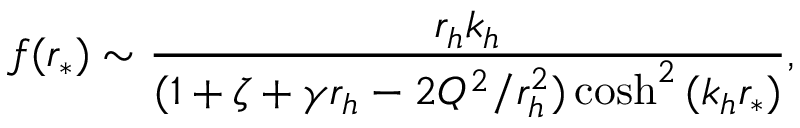
f ( r _ { * } ) \sim \frac { r _ { h } k _ { h } } { ( 1 + \zeta + \gamma r _ { h } - 2 Q ^ { 2 } / r _ { h } ^ { 2 } ) \cosh ^ { 2 } { ( k _ { h } r _ { * } ) } } ,